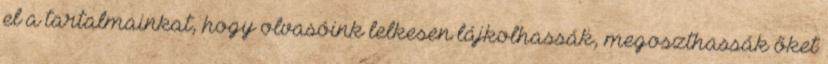
el a tartalmainkat, hogy olvasóink lelkesen lájkolhassák, megoszthassák őket